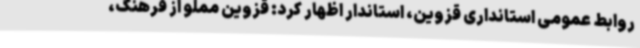
روابط عمومی استانداری قزوین، استاندار اظهار کرد: قزوین مملو از فرهنگ،